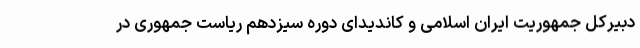
دبیرکل جمهوریت ایران اسلامی و کاندیدای دوره سیزدهم ریاست جمهوری در